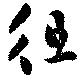
徂